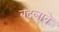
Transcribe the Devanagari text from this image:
बद्लावे